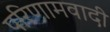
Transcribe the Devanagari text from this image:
परिणामवादी